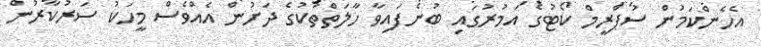
އެހެންކަމުން ސުޕްރީމް ކޯޓުގެ އަމުރުގައި ބުނެފައިވާ ހާލަތްތަކުގެ ދަށުން އެއްވެސް މީހަކު ސަރުކާރުން